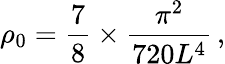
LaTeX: \rho_{0}={\frac{7}{8}}\times{\frac{\pi^{2}}{720L^{4}}}\, ,